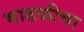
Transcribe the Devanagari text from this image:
भाडळीचा